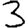
Digit: 3